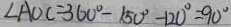
\angle A O C = 3 6 0 ^ { \circ } - 1 5 0 ^ { \circ } - 1 2 0 ^ { \circ } = 9 0 ^ { \circ }